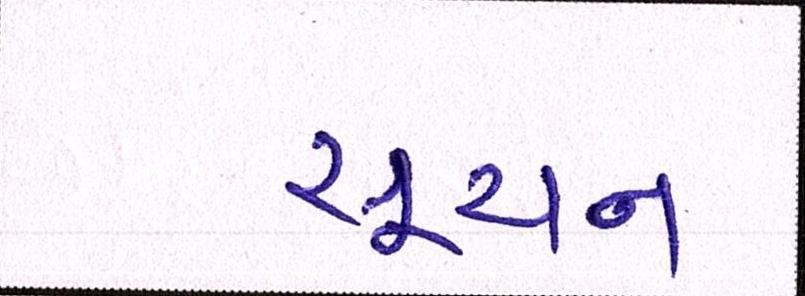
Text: સૂચન